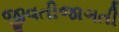
જીવતીજાગતી